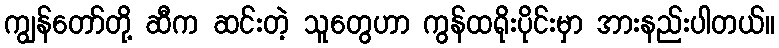
ကျွန်တော်တို့ ဆီက ဆင်းတဲ့ သူတွေဟာ ကွန်ထရိုးပိုင်းမှာ အားနည်းပါတယ်။